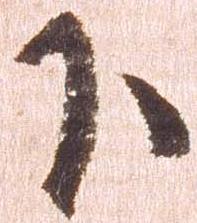
下